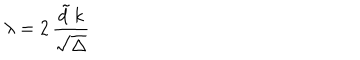
LaTeX: \lambda = 2 \, \frac { { \tilde { d } } \, k } { \sqrt { \Delta } }